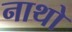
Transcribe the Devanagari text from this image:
नाथो